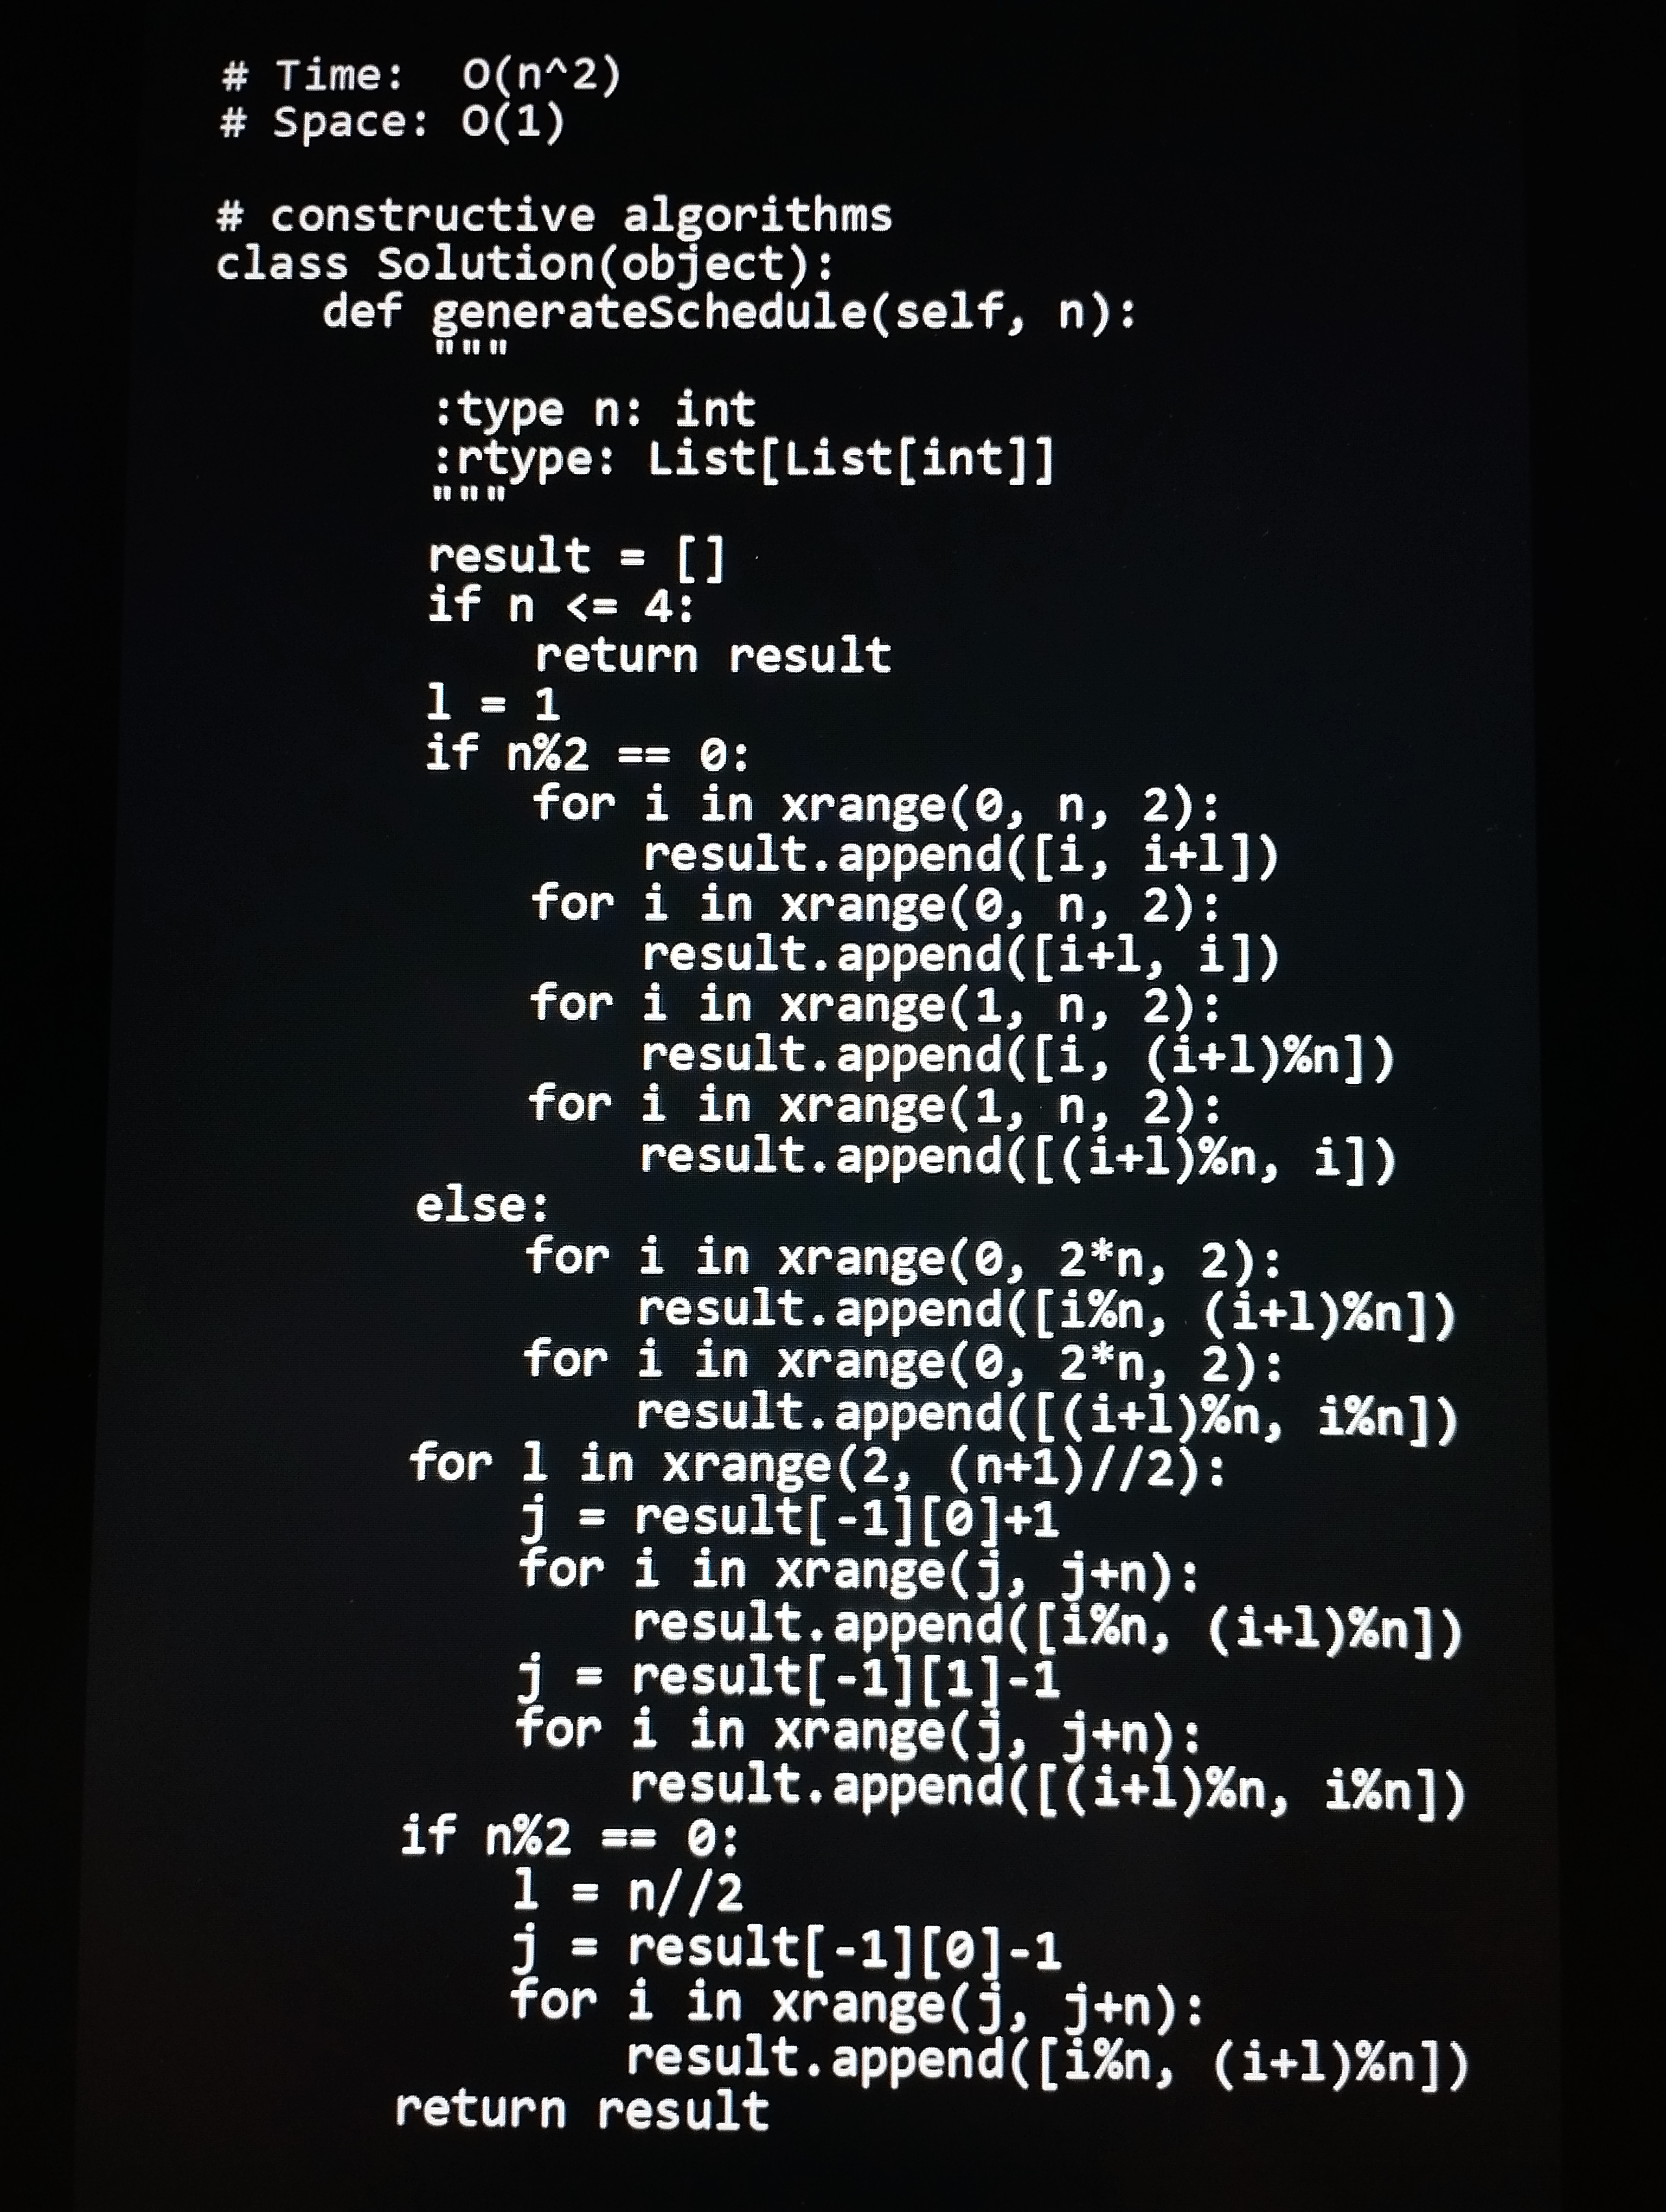
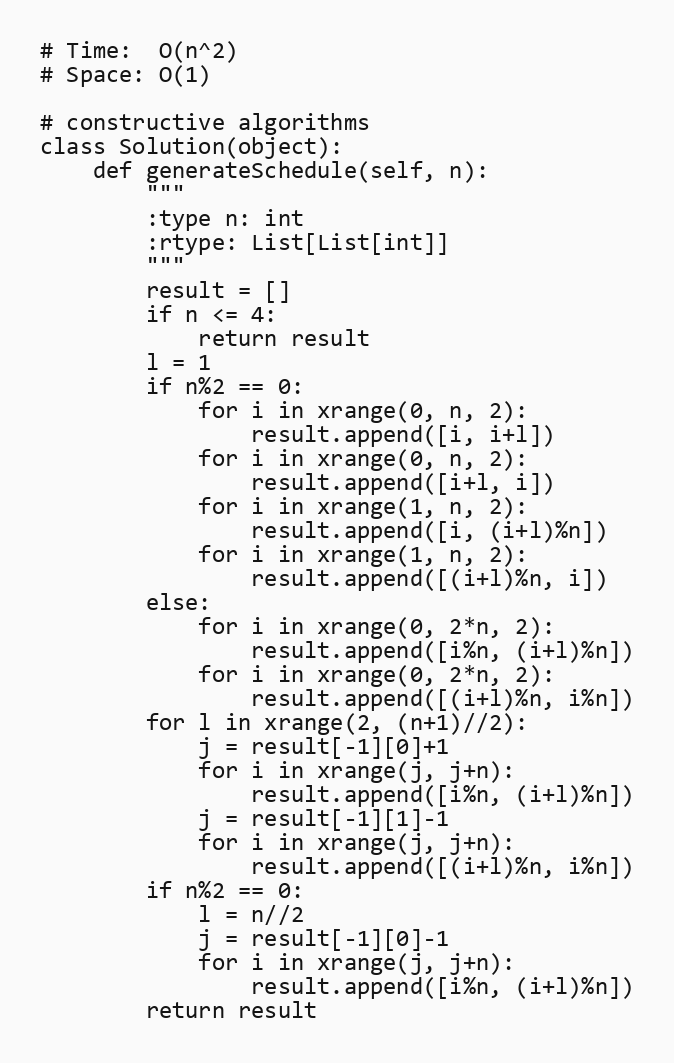
# Time:  O(n^2)
# Space: O(1)

# constructive algorithms
class Solution(object):
    def generateSchedule(self, n):
        """
        :type n: int
        :rtype: List[List[int]]
        """
        result = []
        if n <= 4:
            return result
        l = 1
        if n%2 == 0:
            for i in xrange(0, n, 2):
                result.append([i, i+l])
            for i in xrange(0, n, 2):
                result.append([i+l, i])
            for i in xrange(1, n, 2):
                result.append([i, (i+l)%n])
            for i in xrange(1, n, 2):
                result.append([(i+l)%n, i])
        else:
            for i in xrange(0, 2*n, 2):
                result.append([i%n, (i+l)%n])
            for i in xrange(0, 2*n, 2):
                result.append([(i+l)%n, i%n])
        for l in xrange(2, (n+1)//2):
            j = result[-1][0]+1
            for i in xrange(j, j+n):
                result.append([i%n, (i+l)%n])
            j = result[-1][1]-1
            for i in xrange(j, j+n):
                result.append([(i+l)%n, i%n])
        if n%2 == 0:
            l = n//2
            j = result[-1][0]-1
            for i in xrange(j, j+n):
                result.append([i%n, (i+l)%n])
        return result